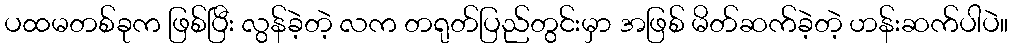
ပထမတစ်ခုက ဖြစ်ပြီး လွန်ခဲ့တဲ့ လက တရုတ်ပြည်တွင်းမှာ အဖြစ် မိတ်ဆက်ခဲ့တဲ့ ဟန်းဆက်ပါပဲ။